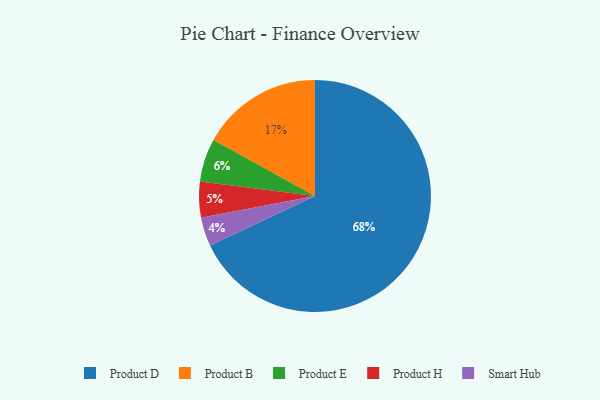
{"axis": {"x": "Category", "y": "Percentage"}, "legend": ["Product B", "Product D", "Product E", "Product H", "Smart Hub"], "data": [{"x": "Product E", "y": 6, "type": "Product E"}, {"x": "Product B", "y": 17, "type": "Product B"}, {"x": "Smart Hub", "y": 4, "type": "Smart Hub"}, {"x": "Product D", "y": 68, "type": "Product D"}, {"x": "Product H", "y": 5, "type": "Product H"}]}